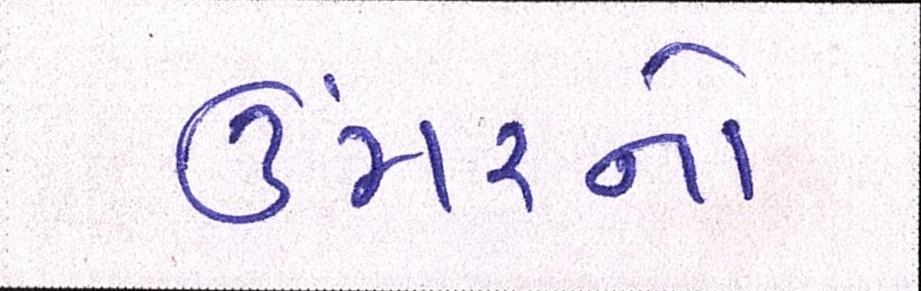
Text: ઉંમરનો